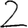
Digit: 2